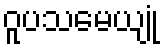
ဝူပသမေယျုံ